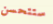
ستتحسن